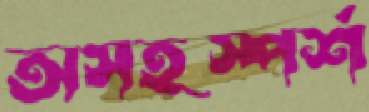
অসহস্পর্শ